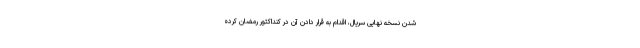
شدن نسخه نهایی سریال، اقدام به قرار دادن آن در کنداکتور رمضان کرده